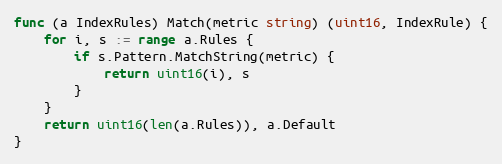
Language: Go
func (a IndexRules) Match(metric string) (uint16, IndexRule) {
	for i, s := range a.Rules {
		if s.Pattern.MatchString(metric) {
			return uint16(i), s
		}
	}
	return uint16(len(a.Rules)), a.Default
}